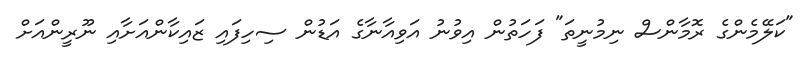
"ކަލޭމެންގެ ރޮމާންސް ނިމުނީތަ" ފަހަތުން އިވުނު އަވިއާނާގެ އަޑުން ސިހިފައި ޒައިކާންއަށާއި ނޫރީންއަށް